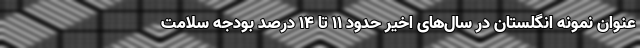
عنوان نمونه انگلستان در سال‌های اخیر حدود ۱۱ تا ۱۴ درصد بودجه سلامت